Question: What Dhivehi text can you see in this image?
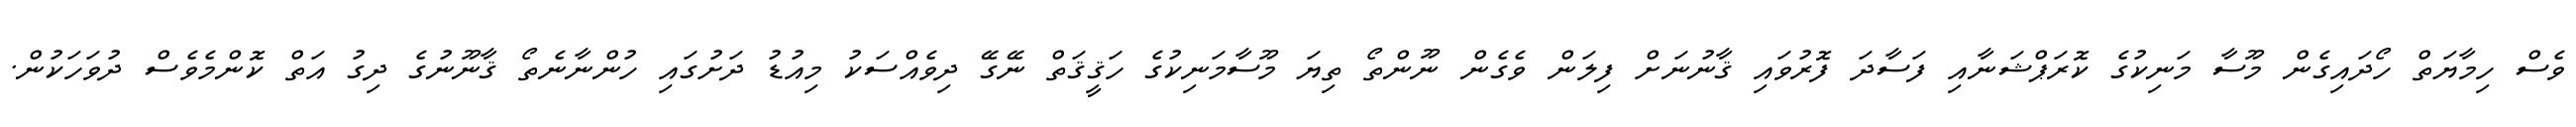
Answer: ވެސް ހިމާޔަތް ހޯދައިގެން މޫސާ މަނިކުގެ ކޮރަޕްޝަނާއި ފަސާދަ ފޮރުވައި ޤާނުނަށް ފިލަން ވެގެން ނޫންތޯ ތިޔަ މޫސާމަނިކުގެ ހަޤީޤަތް ނޭގޭ ދިވެއްސަކު މިއުޑު ދަށުގައި ހުންނާނެތޯ ޤާނޫނުގެ ދިގު އަތް ކޮންމެވެސް ދުވަހަކުން.